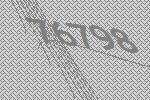
76798